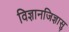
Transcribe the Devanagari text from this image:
विज्ञानजिज्ञासु